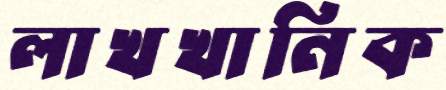
লাখখানিক